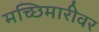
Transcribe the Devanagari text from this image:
मच्छिमारीवर